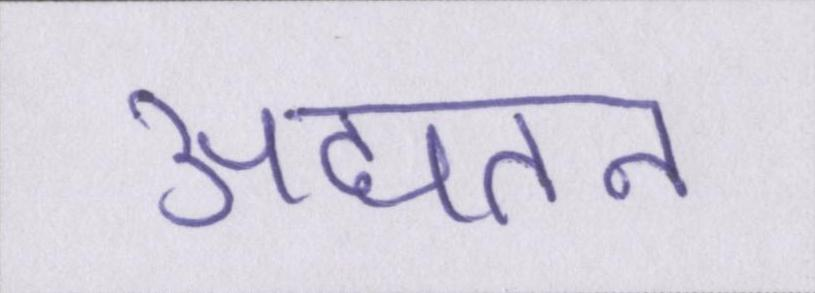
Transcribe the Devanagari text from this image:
अद्यतन